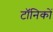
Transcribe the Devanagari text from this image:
टॉनिकों